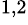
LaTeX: ^{1,2}